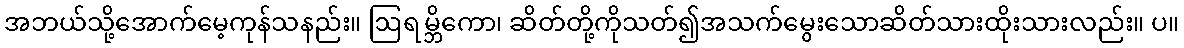
အဘယ်သို့အောက်မေ့ကုန်သနည်း။ ဩရမ္ဘိကော၊ ဆိတ်တို့ကိုသတ်၍အသက်မွေးသောဆိတ်သားထိုးသားလည်း။ ပ။